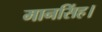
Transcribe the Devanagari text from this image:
मानसिंह।